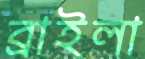
ব্রাইলা